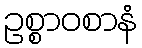
ဥစ္စာဝစာနံ